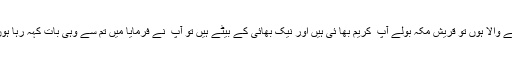
اِس کے بعد آپ ۖ نے فرمایا قریش کے لوگوں تمھارا کیا خیال ہے میں تمھارے ساتھ کیا سلوک کر نے والا ہوں تو قریش مکہ بولے آپ ۖ کریم بھا ئی ہیں اور نیک بھائی کے بیٹے ہیں تو آپ ۖ نے فرمایا میں تم سے وہی بات کہہ رہا ہوں جو حضرت یوسف نے اپنے بھائیوں سے کہی تھی آج تم پر کو ئی سر زنش نہیں جا ئو تم آزاد ہو ۔